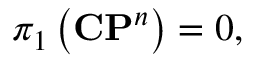
\pi _ { 1 } \left( { \bf C P } ^ { n } \right) = 0 ,